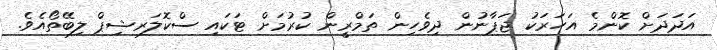
އަދަަދަށް ކޮންމެ އަހަރަކު ޖަޕާނުން ދިވެހިން ތަމްރީން ކުރުމަށް ޓަކައި ސްކޮލަރޝިޕް ލިބޭތޯއެވެ.